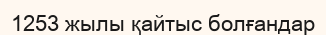
1253 жылы қайтыс болғандар